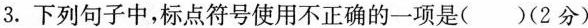
3. 下列句子中，标点符号使用不正确的一项是( )(2分)